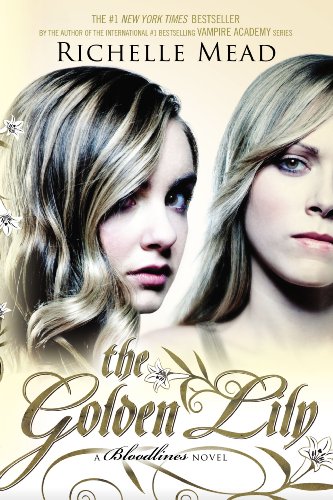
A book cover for The Golden Lily: A Bloodlines Novel; Richelle Mead; Teen & Young Adult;